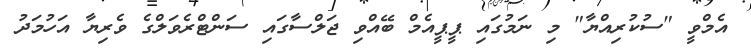
އެމްވީ "ސުކުރިއްޔާ" މި ނަމުގައި ޕީޕީއެމް ބޭއްވި ޖަލްސާގައި ސަންޓްރެވަލްގެ ވެރިޔާ އަހުމަދު